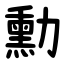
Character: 勳